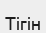
Тігін